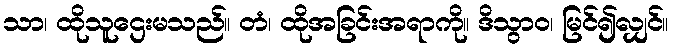
သာ၊ ထိုသူဌေးမသည်။ တံ၊ ထိုအခြင်းအရာကို။ ဒိသွာဝ၊ မြင်၍လျှင်။